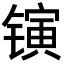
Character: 𬭰